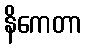
နိကေတာ